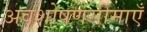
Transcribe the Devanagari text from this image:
अवशोषणसीमाएँ